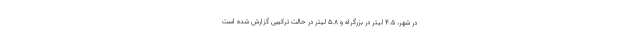
در شهر، 4.5 لیتر در بزرگراه و 5.8 لیتر در حالت ترکیبی گزارش شده است